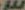
س